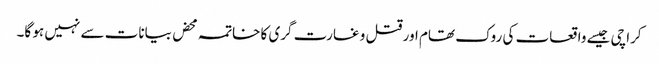
کراچی جیسے واقعات کی روک تھام اور قتل و غارت گری کا خاتمہ محض بیانات سے نہیں ہو گا۔